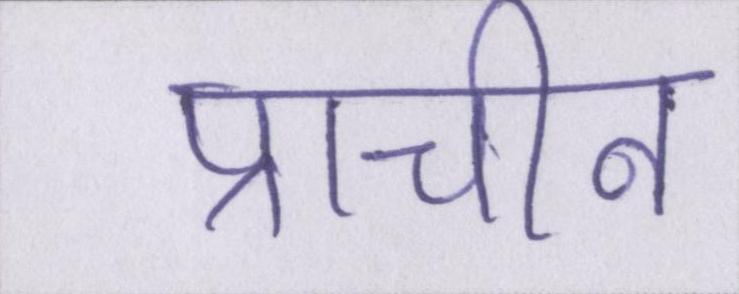
प्राचीन